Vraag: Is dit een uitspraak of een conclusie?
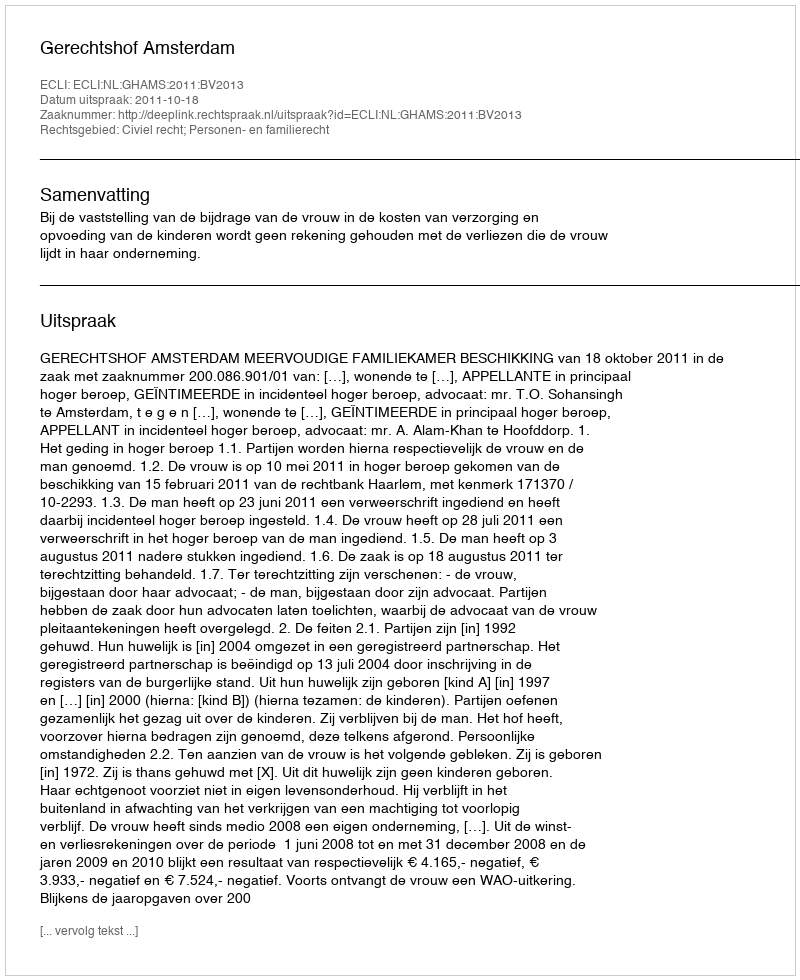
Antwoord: Uitspraak